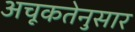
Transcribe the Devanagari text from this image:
अचूकतेनुसार